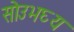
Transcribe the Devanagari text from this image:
सोउभघ्य